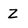
Character: z